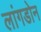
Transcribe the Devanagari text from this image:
लांगडोन